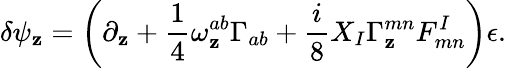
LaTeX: \delta\psi_{\mathbf{z}}=\left(\partial_{\mathbf{z}}+{\frac{{1}}{{4}}}\omega_{\mathbf{z}}^{ab}\Gamma_{ab}+{\frac{{i}}{{8}}}X_{I}\Gamma_{\mathbf{z}}^{mn}F_{mn}^{I}\right)\epsilon.